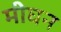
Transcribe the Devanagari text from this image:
मीघन